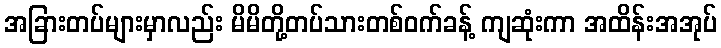
အခြားတပ်များမှာလည်း မိမိတို့တပ်သားတစ်ဝက်ခန့် ကျဆုံးကာ အထိန်းအအုပ်